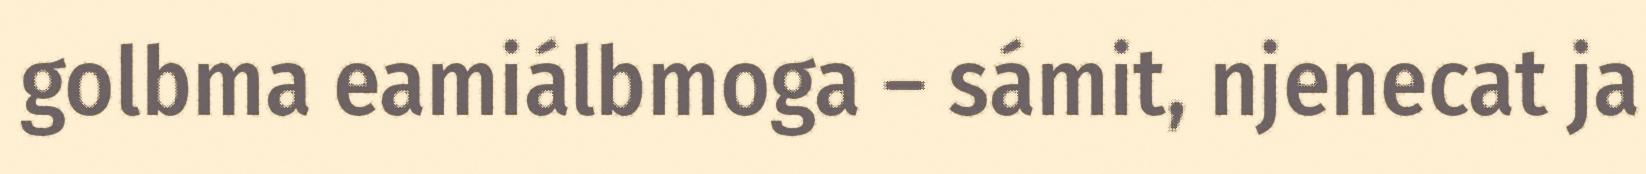
golbma eamiálbmoga – sámit, njenecat ja